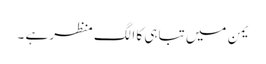
یمن میں تباہی کا الگ منظر ہے ۔